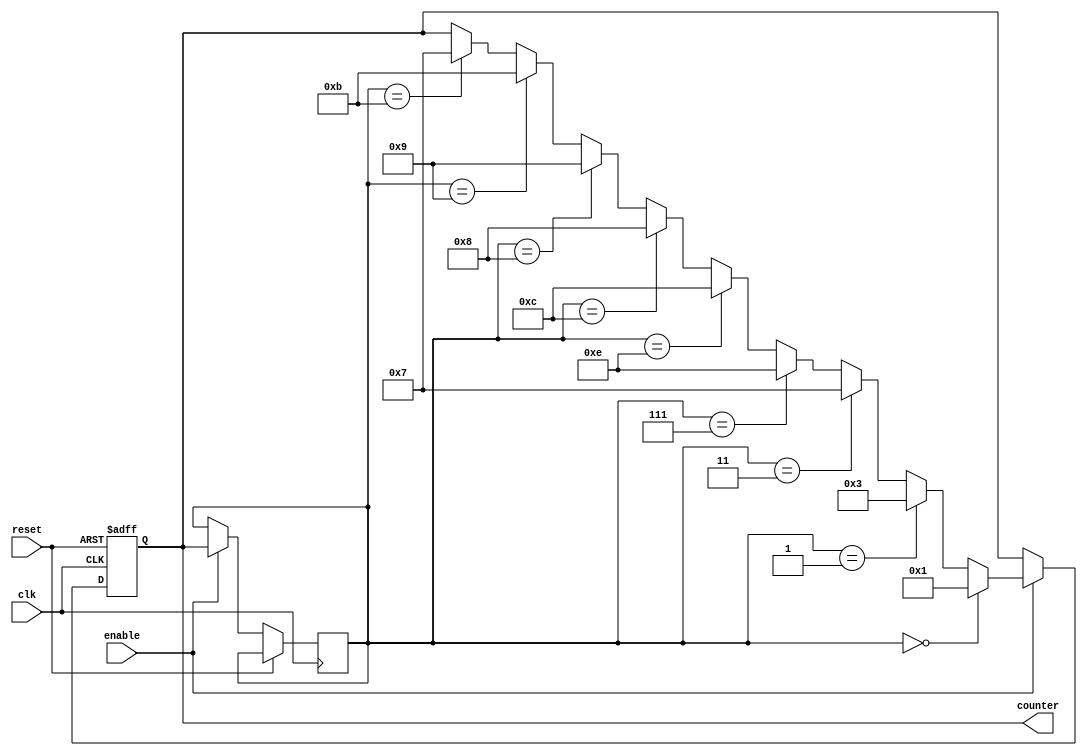
module JohnsonCounterWithEnable (
    input clk,
    input reset,
    input enable,
    output reg [3:0] counter
);

reg [3:0] temp;

always @(posedge clk or posedge reset) begin
    if (reset) begin
        counter <= 4'b0000;
    end else begin
        if (enable) begin
            temp <= counter;
            
            if (temp == 4'b0000) begin
                counter <= 4'b0001;
            end else if (temp == 4'b0001) begin
                counter <= 4'b0011;
            end else if (temp == 4'b0011) begin
                counter <= 4'b0111;
            end else if (temp == 4'b0111) begin
                counter <= 4'b1110;
            end else if (temp == 4'b1110) begin
                counter <= 4'b1100;
            end else if (temp == 4'b1100) begin
                counter <= 4'b1000;
            end else if (temp == 4'b1000) begin
                counter <= 4'b1001;
            end else if (temp == 4'b1001) begin
                counter <= 4'b1011;
            end else if (temp == 4'b1011) begin
                counter <= 4'b0111;
            end
        end
    end
end

endmodule